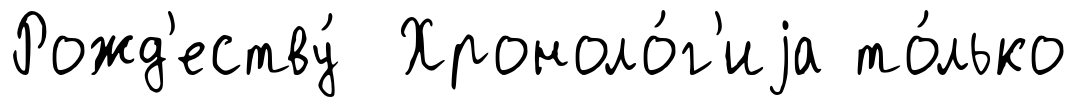
Рожд'еству́ Хроноло́г'иjа то́лько